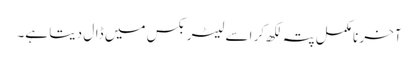
آخر نامکمل پتہ لکھ کر اسے لیٹر بکس میں ڈال دیتا ہے۔